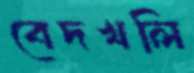
বেদখলি